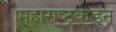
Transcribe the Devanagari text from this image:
महाराष्ट्रकडून